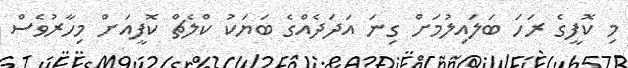
މި ކޮފީގެ ރަހަ ބަލައިލުމަށް ގިނަ އަދަދެއްގެ ބަޔަކު ކްލެޗް ކޮފީއަށް މިހާރުވެސް